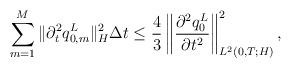
LaTeX: \begin{align*}\sum_{m=1}^M\|\partial^2_tq^L_{0,m}\|^2_{H}\Delta t \le \frac43\left\|{\partial^2q^L_{0}\over\partial t^2}\right\|^2_{L^2(0,T;H)},\end{align*}